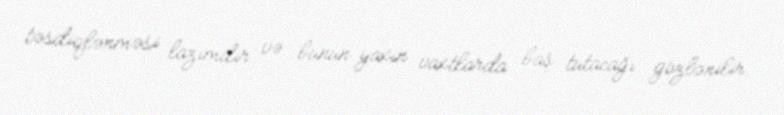
təsdiqlənməsi lazımdır və bunun yaxın vaxtlarda baş tutacağı gözlənilir.